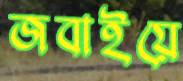
জবাইয়ে